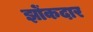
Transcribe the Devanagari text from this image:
झोंकदार